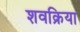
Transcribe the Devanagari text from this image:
शवक्रिया